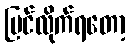
မြင်လိုက်ရတော့